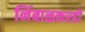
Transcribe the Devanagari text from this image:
निंबाळकरही